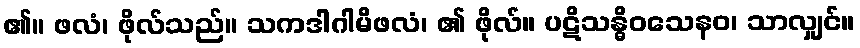
၏။ ဖလံ၊ ဖိုလ်သည်။ သကဒါဂါမိဖလံ၊ ၏ ဖိုလ်။ ပဋိသန္ဓိဝသေနဝ၊ သာလျှင်။